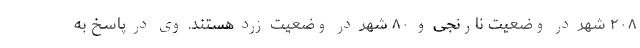
۲۰۸ شهر در وضعیت نارنجی و ۸۰ شهر در وضعیت زرد هستند. وی در پاسخ به